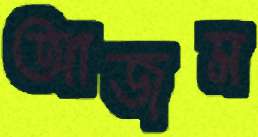
আজম